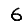
Digit: 6